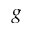
g